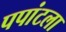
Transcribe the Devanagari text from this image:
पपांटला